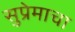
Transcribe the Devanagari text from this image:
सुप्रेमाचा